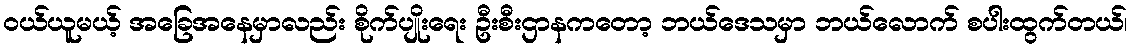
ဝယ်ယူမယ့် အခြေအနေမှာလည်း စိုက်ပျိုးရေး ဦးစီးဌာနကတော့ ဘယ်ဒေသမှာ ဘယ်လောက် စပါးထွက်တယ်၊